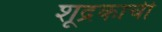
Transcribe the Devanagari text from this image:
शूद्रकाची